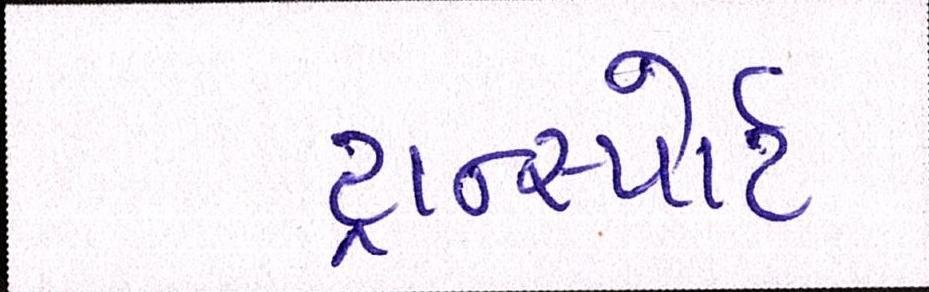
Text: ટ્રાન્સ્પોર્ટ